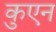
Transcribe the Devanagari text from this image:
कुएन